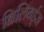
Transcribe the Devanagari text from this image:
बिलियर्ड्‌ज